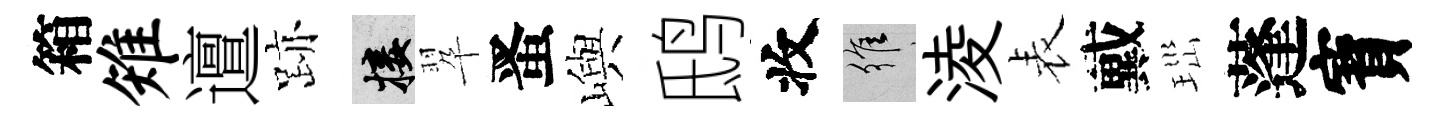
箱雉邅跡接翆󱉠嶼鸱收維淩表戴𤤼蓬寳